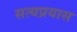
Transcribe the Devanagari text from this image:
सत्यप्रयास